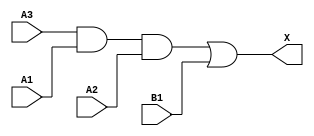
module sky130_fd_sc_hdll__a31o_6 (
    X ,
    A1,
    A2,
    A3,
    B1
);
    output X ;
    input  A1;
    input  A2;
    input  A3;
    input  B1;
    wire and0_out ;
    wire or0_out_X;
    and and0 (and0_out , A3, A1, A2     );
    or  or0  (or0_out_X, and0_out, B1   );
    buf buf0 (X        , or0_out_X      );
endmodule